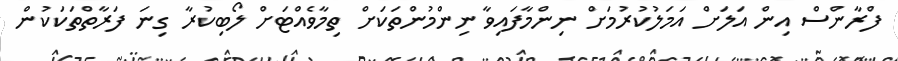
ފްރާންސް އިން އަލަށް އަމަލުކުރުމަށް ނިންމާފައިވާ ނިންމުންތަކަށް ތިމާވެއްޓަށް ލޯބިކުރާ ގިނަ ފަރާތްތަކަކުން